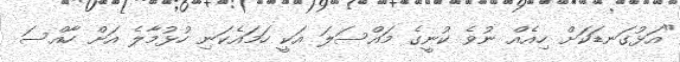
"އަޅުގަނޑަކަށް ހިއެއް ނުވެ ކުނީގެ މައްސަލަ އަކީ ހަމައެކަނި ހުޅުމާލެ އަށް ހާއްސަ